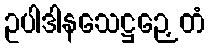
ဥပါဒါနသေဋ္ဌဉှေတံ